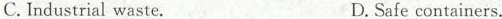
C. Industrial waste. D. Safe containers.